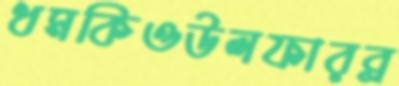
ধমকিওউলফারব্র